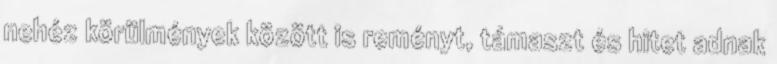
nehéz körülmények között is reményt, támaszt és hitet adnak